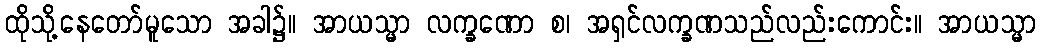
ထိုသို့နေတော်မူသော အခါ၌။ အာယသ္မာ လက္ခဏော စ၊ အရှင်လက္ခဏသည်လည်းကောင်း။ အာယသ္မာ